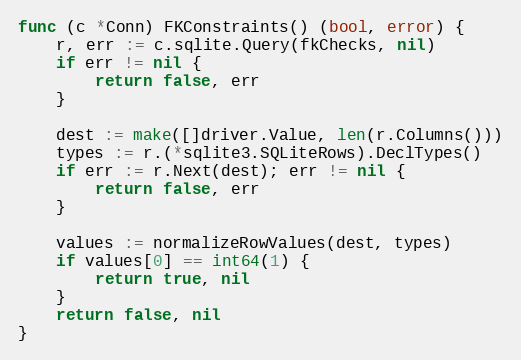
Language: Go
func (c *Conn) FKConstraints() (bool, error) {
	r, err := c.sqlite.Query(fkChecks, nil)
	if err != nil {
		return false, err
	}

	dest := make([]driver.Value, len(r.Columns()))
	types := r.(*sqlite3.SQLiteRows).DeclTypes()
	if err := r.Next(dest); err != nil {
		return false, err
	}

	values := normalizeRowValues(dest, types)
	if values[0] == int64(1) {
		return true, nil
	}
	return false, nil
}